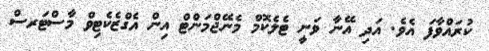
ކުރައްވާފަ އެވެ. އަދި އޭނާ ވަނީ ޓެލެކޮމް މެނޭޖްމަންޓް އިން އެގްޒެކެޓިވް މާސްޓަރސް